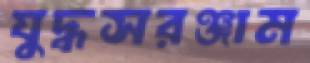
যুদ্ধসরঞ্জাম